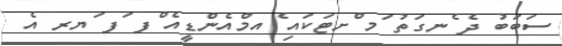
ސަބަބު ދެ ެނގަތު ަމ ްށޓަކައި ެއމްއެންޑީއެ ްފ ަފ ަޔރ އެ